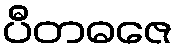
ပီတဓဇေ